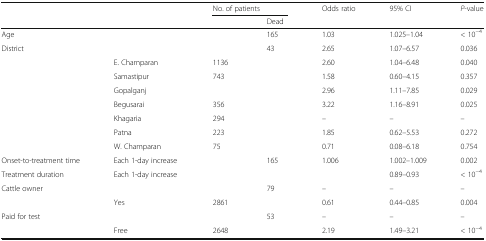
<table><thead><tr><td colspan="2" rowspan="2">[EMPTY_CELL]</td><td colspan="2"><b>No. of patients</b></td><td rowspan="2"><b>Odds ratio</b></td><td rowspan="2"><b>95% CI</b></td><td rowspan="2"><b><i>P</i>-value</b></td></tr><tr><td>[EMPTY_CELL]</td><td><b>Dead</b></td></tr></thead><tbody><tr><td>Age</td><td>[EMPTY_CELL]</td><td>[EMPTY_CELL]</td><td>165</td><td>1.03</td><td>1.025–1.04</td><td>&lt; 10<sup>−4</sup></td></tr><tr><td rowspan="8">District</td><td>[EMPTY_CELL]</td><td>[EMPTY_CELL]</td><td>43</td><td>2.65</td><td>1.07–6.57</td><td>0.036</td></tr><tr><td>E. Champaran</td><td>1136</td><td>[EMPTY_CELL]</td><td>2.60</td><td>1.04–6.48</td><td>0.040</td></tr><tr><td>Samastipur</td><td>743</td><td>[EMPTY_CELL]</td><td>1.58</td><td>0.60–4.15</td><td>0.357</td></tr><tr><td>Gopalganj</td><td>[EMPTY_CELL]</td><td>[EMPTY_CELL]</td><td>2.96</td><td>1.11–7.85</td><td>0.029</td></tr><tr><td>Begusarai</td><td>356</td><td>[EMPTY_CELL]</td><td>3.22</td><td>1.16–8.91</td><td>0.025</td></tr><tr><td>Khagaria</td><td>294</td><td>[EMPTY_CELL]</td><td>–</td><td>–</td><td>–</td></tr><tr><td>Patna</td><td>223</td><td>[EMPTY_CELL]</td><td>1.85</td><td>0.62–5.53</td><td>0.272</td></tr><tr><td>W. Champaran</td><td>75</td><td>[EMPTY_CELL]</td><td>0.71</td><td>0.08–6.18</td><td>0.754</td></tr><tr><td>Onset-to-treatment time</td><td>Each 1-day increase</td><td rowspan="2">[EMPTY_CELL]</td><td rowspan="2">165</td><td>1.006</td><td>1.002–1.009</td><td>0.002</td></tr><tr><td>Treatment duration</td><td>Each 1-day increase</td><td>[EMPTY_CELL]</td><td>0.89–0.93</td><td>&lt; 10<sup>−4</sup></td></tr><tr><td rowspan="2">Cattle owner</td><td>[EMPTY_CELL]</td><td>[EMPTY_CELL]</td><td>79</td><td>–</td><td>–</td><td>–</td></tr><tr><td>Yes</td><td>2861</td><td>[EMPTY_CELL]</td><td>0.61</td><td>0.44–0.85</td><td>0.004</td></tr><tr><td rowspan="2">Paid for test</td><td>[EMPTY_CELL]</td><td>[EMPTY_CELL]</td><td>53</td><td>–</td><td>–</td><td>–</td></tr><tr><td>Free</td><td>2648</td><td>[EMPTY_CELL]</td><td>2.19</td><td>1.49–3.21</td><td>&lt; 10<sup>−4</sup></td></tr></tbody></table>